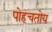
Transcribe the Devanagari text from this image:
पोहचतोय